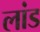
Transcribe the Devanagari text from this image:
लांड